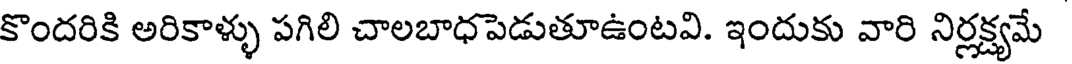
కొందరికి అరికాళ్ళు పగిలి చాలబాధపెడుతూఉంటవి. ఇందుకు వారి నిర్లక్ష్యమే